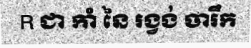
R ជា កាំ នៃ រង្វង់ ចារឹក